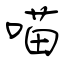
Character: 喵